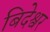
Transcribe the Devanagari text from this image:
बिदेश्वर